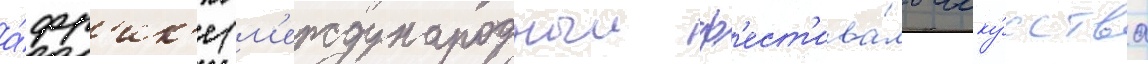
а́фр'ик'е (м'еждународныи ф'ест'ива́ль иску́сства